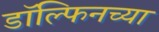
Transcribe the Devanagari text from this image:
डॉल्फिनच्या